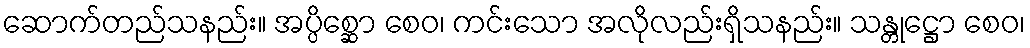
ဆောက်တည်သနည်း။ အပ္ပိစ္ဆော စေဝ၊ ကင်းသော အလိုလည်းရှိသနည်း။ သန္တုဋ္ဌော စေဝ၊